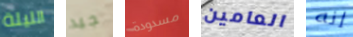
الليلة جيد مسدودة العامين إنه